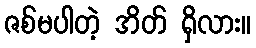
ဇစ်မပါတဲ့ အိတ် ရှိလား။